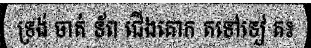
ទ្រង់ ចាត់ ទ័ព ជើងគោក តទៅទៀ ត៖